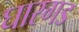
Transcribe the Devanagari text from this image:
घारगड